Indian journal of veterinary science and animal husbandry - Volume 13,
Year: 1943
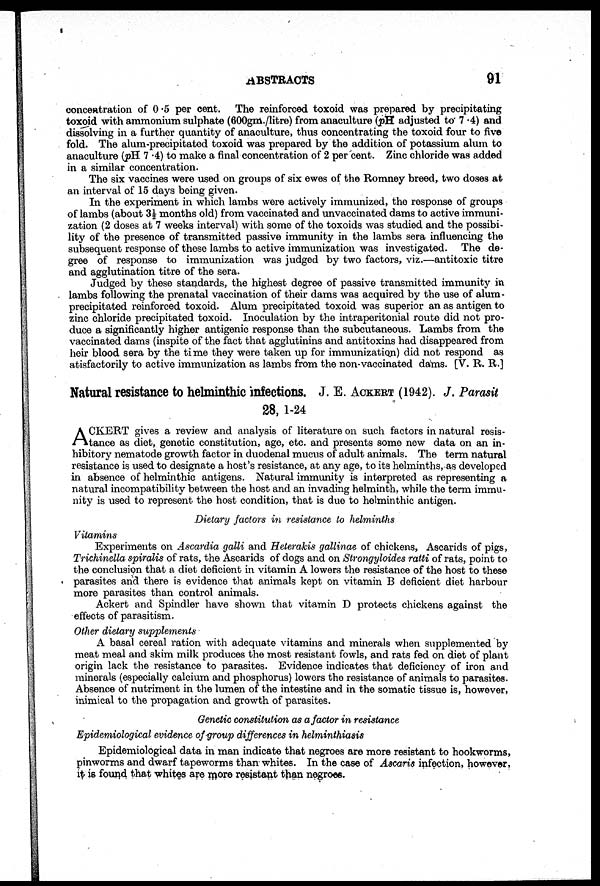
ABSTRACTS
91
concentration of 0 .5 per cent. The reinforced toxoid was prepared by precipitating
toxoid with ammonium sulphate (600gm./litre) from anaculture (pH. adjusted to 7.4) and
dissolving in a further quantity of anaculture, thus concentrating the toxoid four to five
fold. The alum-precipitated toxoid was prepared by the addition of potassium alum to
anaculture (pH 7.4) to make a final concentration of 2 per cent. Zinc chloride was added
in a similar concentration.
The six vaccines were used on groups of six ewes of the Romney breed, two doses at
an interval of 15 days being given.
In the experiment in which lambs were actively immunized, the response of groups
of lambs (about 3½ months old) from vaccinated and unvaccinated dams to active immuni-
zation (2 doses at 7 weeks interval) with some of the toxoids was studied and the possibi-
lity of the presence of transmitted passive immunity in the lambs sera influencing the
subsequent response of these lambs to active immunization was investigated. The de-
gree of response to immunization was judged by two factors, viz.—antitoxic titre
and agglutination titre of the sera.
Judged by these standards, the highest degree of passive transmitted immunity in
lambs following the prenatal vaccination of their dams was acquired by the use of alum-
precipitated reinforced toxoid. Alum precipitated toxoid was superior an as antigen to
zinc chloride precipitated toxoid. Inoculation by the intraperitonial route did not pro-
duce a significantly higher antigenic response than the subcutaneous. Lambs from the
vaccinated dams (inspite of the fact that agglutinins and antitoxins had disappeared from
heir blood sera by the time they were taken up for immunization) did not respond as
atisfactorily to active immunization as lambs from the non-vaccinated dams. [V. R. R.]
Natural resistance to helminthic infections. J. E. ACKERT (1942). J. Parasit
28, 1-24
A CKERT gives a review and analysis of literature on such factors in natural resis-
tance as diet, genetic constitution, age, etc. and presents some new data on an in-
hibitory nematode growth factor in duodenal mucus of adult animals. The term natural
resistance is used to designate a host's resistance, at any age, to its helminths, as developed
in absence of helminthic antigens. Natural immunity is interpreted as representing a
natural incompatibility between the host and an invading helminth, while the term immu-
nity is used to represent the host condition, that is due to helminthic antigen.
Dietary factors in resistance to helminths
Vitamins
Experiments on Ascardia galli and Heterakis gallinae of chickens, Ascarids of pigs,
Trichinella spiralis of rats, the Ascarids of dogs and on Strongyloides ratti of rats, point to
the conclusion that a diet deficient in vitamin A lowers the resistance of the host to these
parasites and there is evidence that animals kept on vitamin B deficient diet harbour
more parasites than control animals.
Ackert and Spindler have shown that vitamin D protects chickens against the
effects of parasitism.
Other dietary supplements
A basal cereal ration with adequate vitamins and minerals when supplemented by
meat meal and skim milk produces the most resistant fowls, and rats fed on diet of plant
origin lack the resistance to parasites. Evidence indicates that deficiency of iron and
minerals (especially calcium and phosphorus) lowers the resistance of animals to parasites.
Absence of nutriment in the lumen of the intestine and in the somatic tissue is, however,
inimical to the propagation and growth of parasites.
Genetic constitution as a factor in resistance
Epidemiological evidence of group differences in helminthiasis
Epidemiological data in man indicate that negroes are more resistant to hookworms,
pinworms and dwarf tapeworms than whites. In the case of Ascaris infection, however,
it is found that whites are more resistant than negroes.